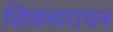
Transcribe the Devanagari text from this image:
शिवनारायन